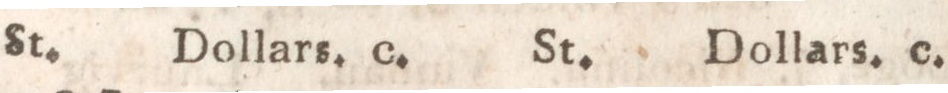
St.    Dollars.    c.     St.    Dollars. c.